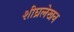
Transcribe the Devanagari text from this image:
शीघ्रलेखन